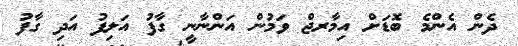
ދެން އެންމެ ބޮޑަށް އިމާރޖް ވަމުން އަންނާނީ ގާފު އަލިފު އަދި ގާފު